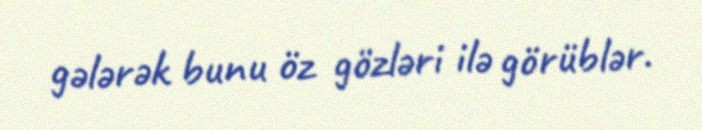
gələrək bunu öz gözləri ilə görüblər.